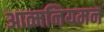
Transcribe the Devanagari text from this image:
आत्मनियमन